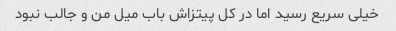
خیلی سریع رسید اما در کل پیتزاش باب میل من و جالب نبود